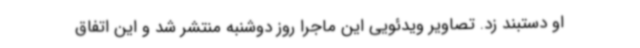
او دستبند زد. تصاویر ویدئویی این ماجرا روز دوشنبه منتشر شد و این اتفاق